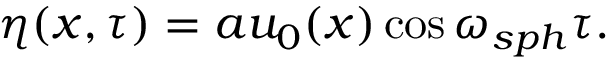
\eta ( x , \tau ) = a u _ { 0 } ( x ) \cos \omega _ { s p h } \tau .